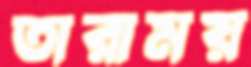
তারাময়